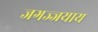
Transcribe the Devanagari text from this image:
जगज्जयाय